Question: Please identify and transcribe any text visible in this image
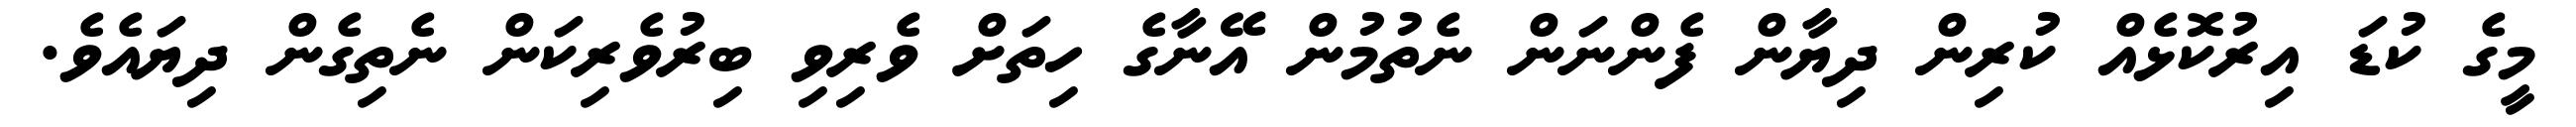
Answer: މީގެ ކުޑަ އިރުކޮޅެއް ކުރިން ދިޔާން ފެންނަން ނެތުމުން އޭނާގެ ހިތަށް ވެރިވި ބިރުވެރިކަން ނެތިގެން ދިޔައެވެ.